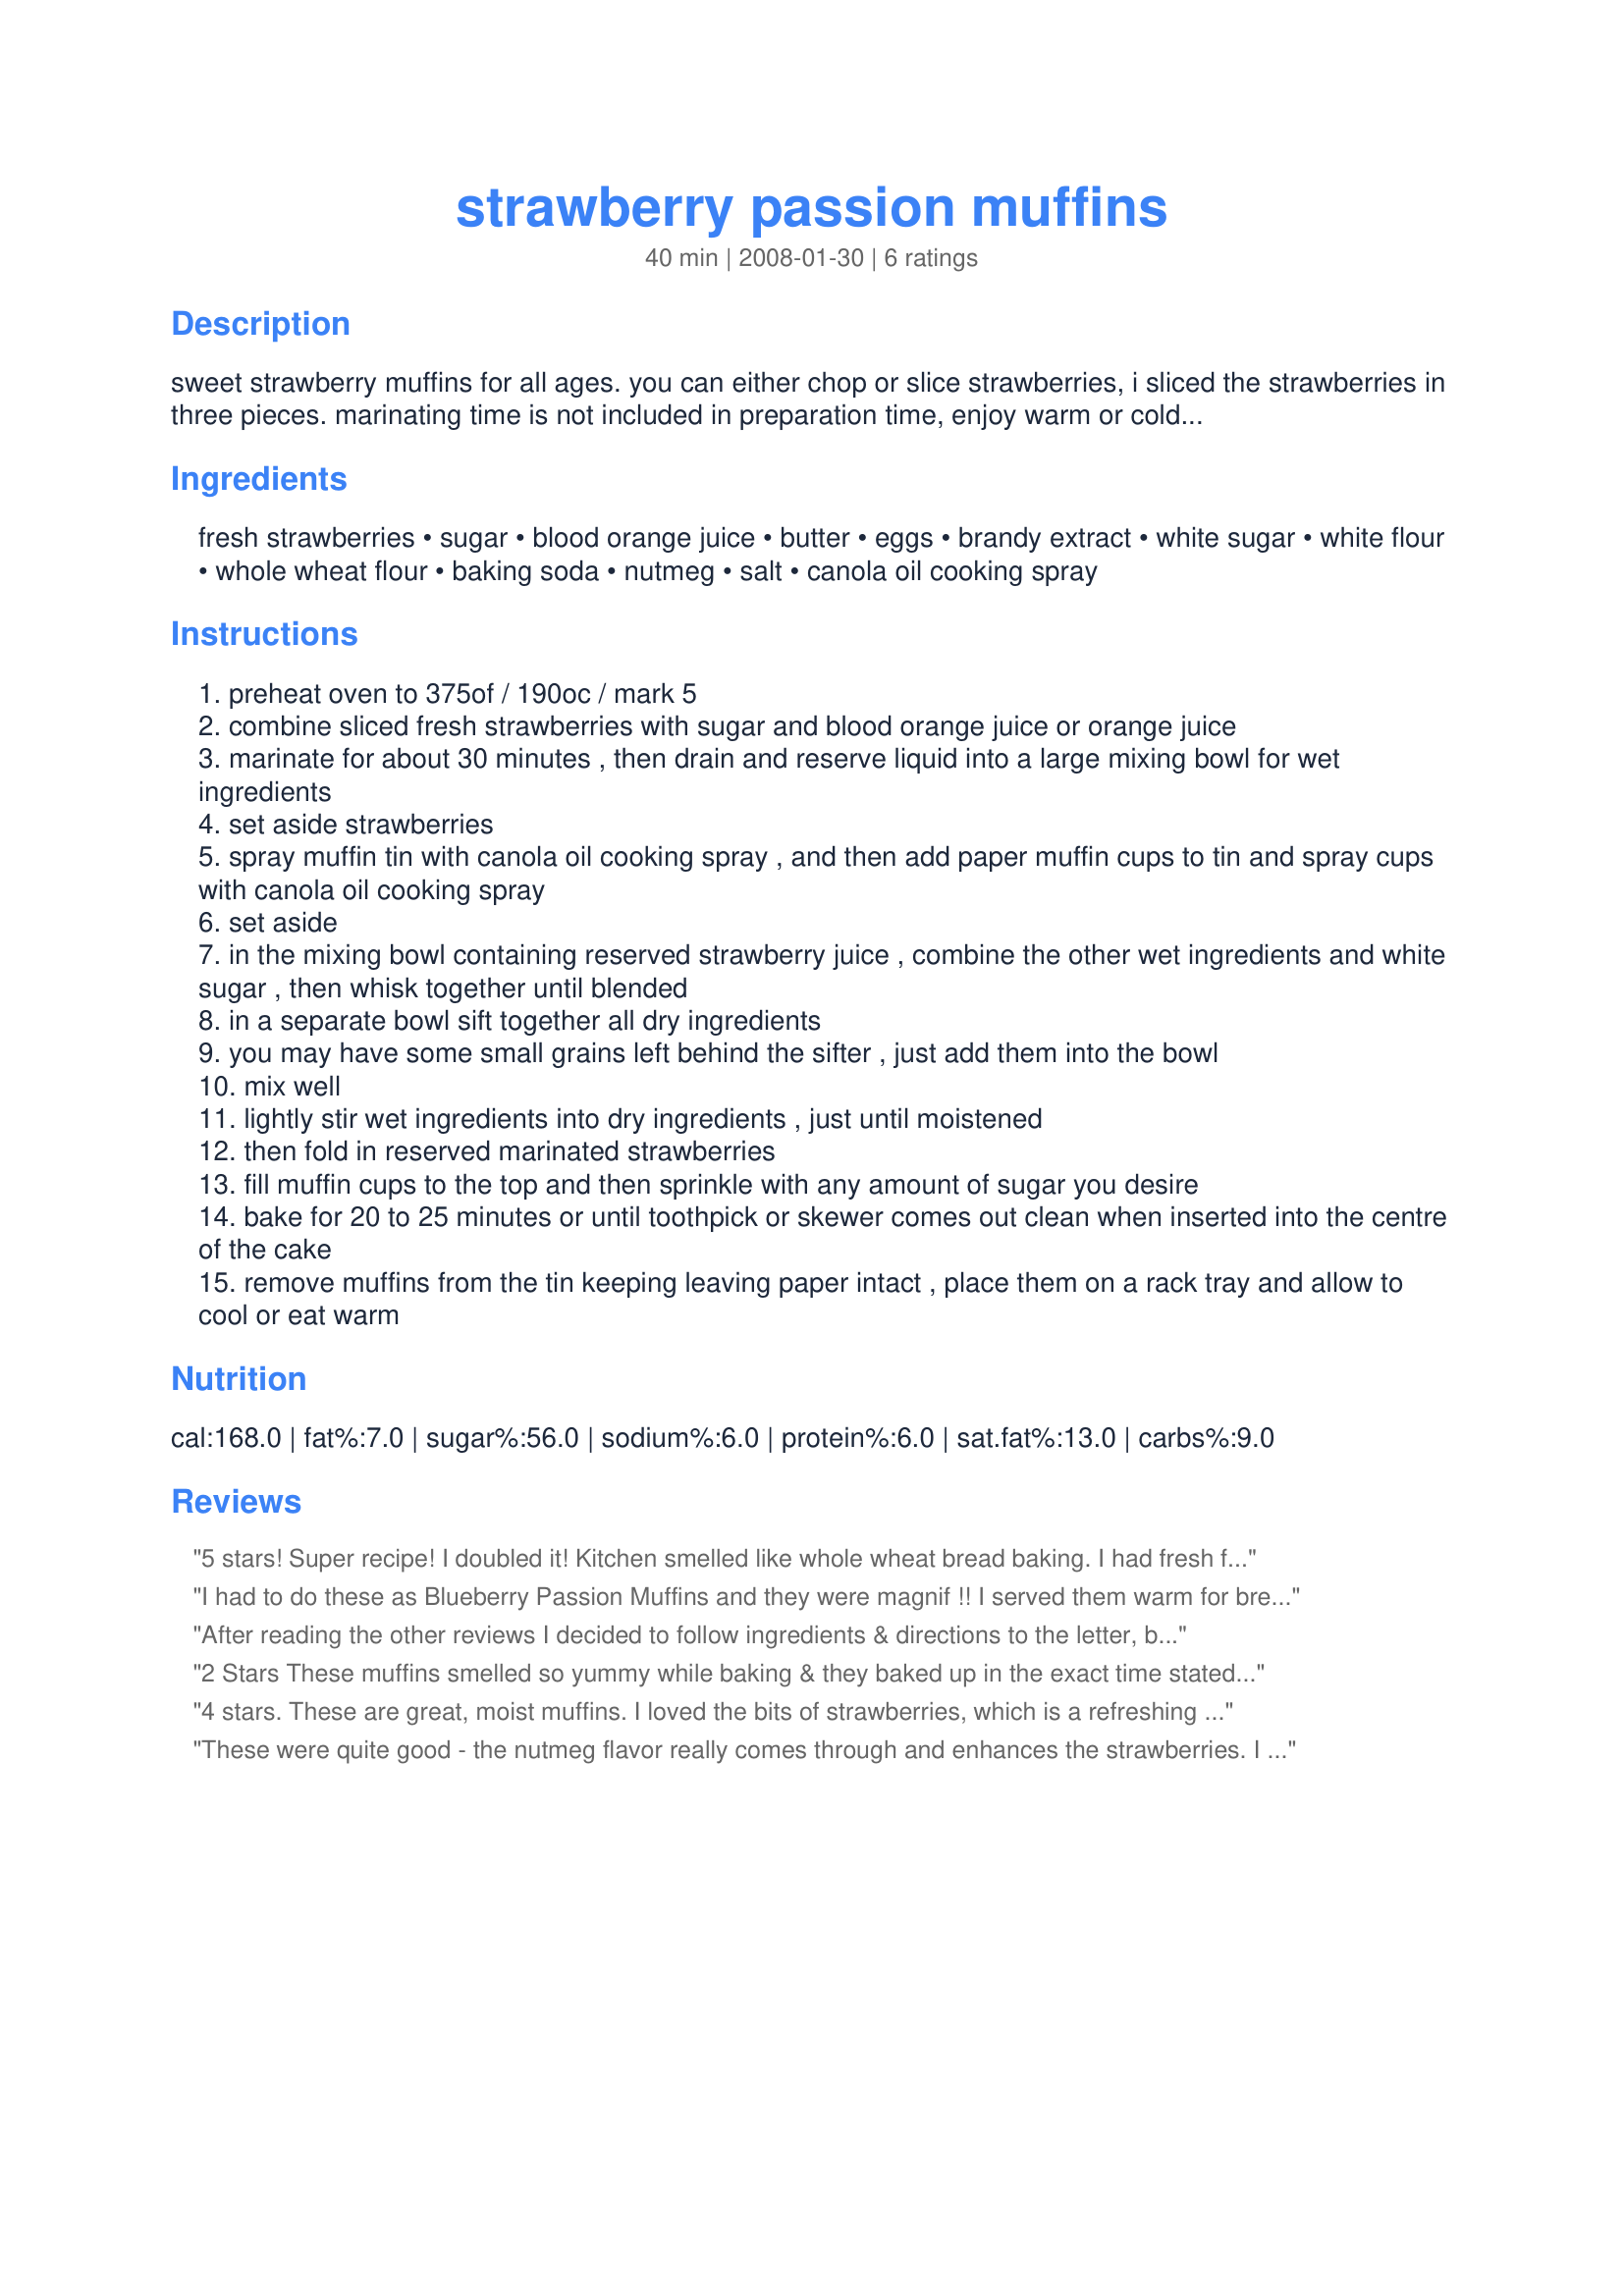
strawberry passion muffins
Preparation time: 40 minutes

sweet strawberry muffins for all ages. you can either chop or slice strawberries, i sliced the strawberries in three pieces. marinating time is not included in preparation time, enjoy warm or cold. created for rsc #11

Ingredients:
fresh strawberries, sugar, blood orange juice, butter, eggs, brandy extract, white sugar, white flour, whole wheat flour, baking soda, nutmeg, salt, canola oil cooking spray

Steps:
preheat oven to 375of / 190oc / mark 5
combine sliced fresh strawberries with sugar and blood orange juice or orange juice
marinate for about 30 minutes , then drain and reserve liquid into a large mixing bowl for wet ingredients
set aside strawberries
spray muffin tin with canola oil cooking spray , and then add paper muffin cups to tin and spray cups with canola oil cooking spray
set aside
in the mixing bowl containing reserved strawberry juice , combine the other wet ingredients and white sugar , then whisk together until blended
in a separate bowl sift together all dry ingredients
you may have some small grains left behind the sifter , just add them into the bowl
mix well
lightly stir wet ingredients into dry ingredients , just until moistened
then fold in reserved marinated strawberries
fill muffin cups to the top and then sprinkle with any amount of sugar you desire
bake for 20 to 25 minutes or until toothpick or skewer comes out clean when inserted into the centre of the cake
remove muffins from the tin keeping leaving paper intact , place them on a rack tray and allow to cool or eat warm

Reviews:
5 stars! Super recipe! I doubled it! Kitchen smelled like whole wheat bread baking. I had fresh frozen sliced strawberries from Canada, this made 26 count, small medium & large.sed orange juice and almond extract. Used more orange juice. I saved a step and melted the margarine and added all the wet ingredients together.I added the marinated strawberries into the wet ingredients and did not fold in. If they had been fresh I would have folded in. I did not coat the tops with sugar. Personal preference. I added the sugar and margarine in the ingredients. When cool sprinkled with powdered sugar. I did not use papers, sprayed the cups with Pam. The flavors are very distintive when the muffins are warm. I like them warm or cold. Healthy ingredients and VERY FILLING! tHIS RECIPE IS NOT REALLY SWEET THAT THAT IS WHAT I LIKE ABOUT IT, AMOUNG OTHER AREAS. YOU HAVE A WINNER OF A RECIPE! THANKS!
I had to do these as Blueberry Passion Muffins and they were magnif !! I served them warm for breakfast and everyone was passionate about them, moist enough not to need butter. I used apple juice instead of blood orange juice. Will do the strawberry version next weekend !
After reading the other reviews I decided to follow ingredients & directions to the letter, but omitted the optional sugar on top! Well, actually I seldom sift anything anymore, but I did whisk the dry ingredients thoroughly! And, I found the resulting muffins to be OUTSTANDING! [NOTE: I sometimes think it would be great to make a recipe like this, but using those very small, wild strawberries (whole) that have so much flavor!] Anyway, thanks for sharing YOUR recipe! [Made & reviewed as a kidnapped recipe for the Aus/NZ Recipe Swap #16]
2 Stars These muffins smelled so yummy while baking & they baked up in the exact time stated. When we ate them warm they were okay tasting. I do not think the plain sugar on top added anything to the recipe. And even with that sugar we did not feel the muffins had enough sweetness to them. I would recommend dicing the strawberries because the sliced ones (I got about 4 slices out of each berry) created big gooey areas within the muffin. After cooling, the tops were rock hard & the insides were too dry, except for the strawberries which were still gooey. I followed the recipe exactly, down to using the blood orange, whole wheat flour & the almond extract option. Iâ€™m afraid we will not be making these again. Made & reviewed for RSC#11, January 2008.
4 stars. These are great, moist muffins. I loved the bits of strawberries, which is a refreshing different fruit to add to muffins. Although the batter was light pink, the muffins baked to be fairly neutral in colour. I found I could really taste the nutmeg when the muffins were straight out of the oven, and lesser so a day later. Both tasted great either way. Reviewed for RSC #11.
These were quite good - the nutmeg flavor really comes through and enhances the strawberries. I found these to stay quite moist, as well. I made them in to mini-muffins, and they were done in 18 minutes.
After marinating the strawberries, I added the rest of the wet ingredients without removing the strawberries first, then folded in the sifted dry ingredients. DS-4 gave these a nice endorsement, picking his apart to eat the "melted strawberries". :) Thanks!
